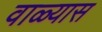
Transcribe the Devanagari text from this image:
वाळ्यास